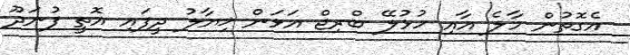
އެގޮތުން މާލެ އާއި ހުޅުލޭ ބްރިޖް އަޅަން ޚިޔާލު ދީފައި އޮތީ ފުނަދޫ